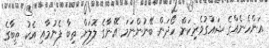
އަންހެނެއްގެ ޝައުގުވެރިކަން ހޯދަން ބޭނުންނަމަ އޭނާގެ ލޮލަށް ތިބާ ފެނުމާއި އެކު ތިބާގެ